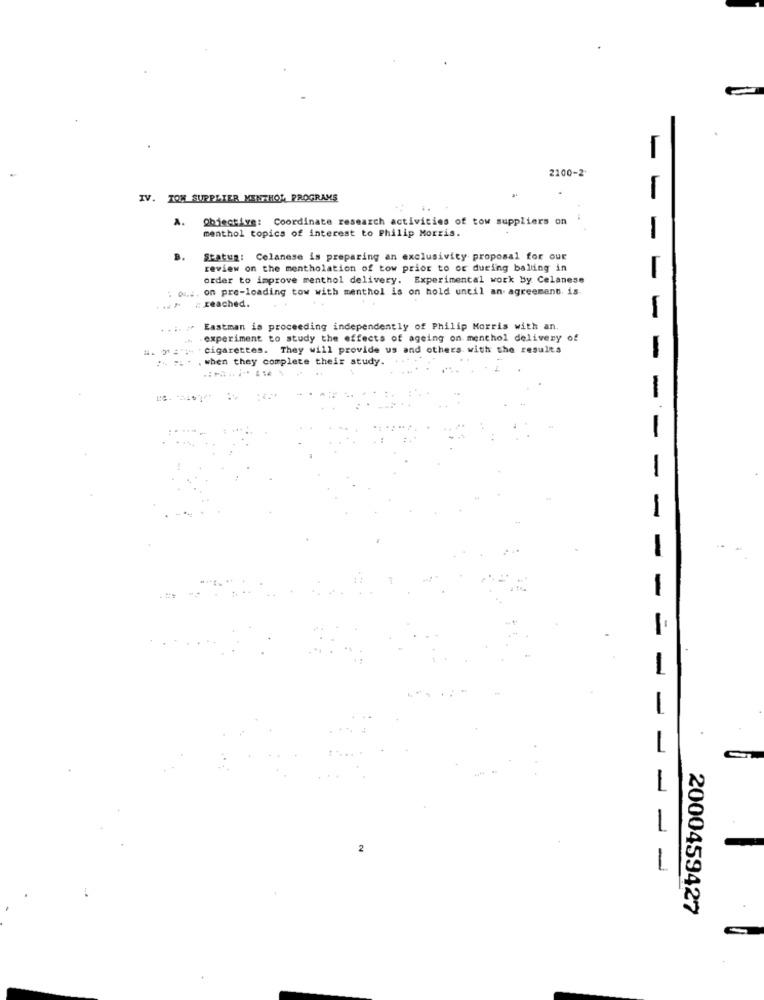
2100-2
IV. TOM SUPPLIER MENTHOL PROGRAMS
A.
Objective: Coordinate research activities of tow suppliers on
menthol topics of interest to Philip Morris.
B.
Status: Celanese is preparing an exclusivity proposal for our
review on the mentholation of tow prior to or during balding in
order to improve menthol delivery. Experimental work by Celanese
: oui, on pre-loading tow with menthol is on hold until an agreement. is-
#: Reached.
Eastman is proceeding independently of Philip Morris with an.
experiment to study the effects of ageing on menthol delivery of
cigarettes. They will provide us and others with the results
when they complete their study.
2
- - -
2000459427